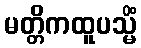
မတ္တိကထူပသ္မိံ